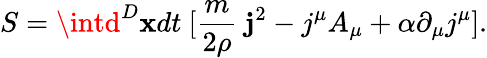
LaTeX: S=\intd^{D}\mathbf{x}dt~[\frac{{m}}{{2\rho}}~{\mathbf{j}}^{2}-j^{\mu}A_{\mu}+\alpha\partial_{\mu}j^{\mu}].